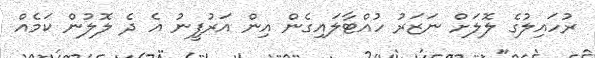
ރުހައިލުގެ ލޮލަށް ނަޒަރު ހުއްޓާލައިގެން އިން އަރުފީނު އެ ދެ ލޮލުން ކަމެއް